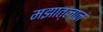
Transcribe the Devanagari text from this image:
मझात्लान